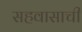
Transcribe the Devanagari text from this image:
सहवासाची